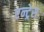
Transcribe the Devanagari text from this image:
एन्ट्रेस